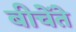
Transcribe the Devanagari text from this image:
बीचेंते